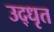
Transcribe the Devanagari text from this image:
उद्‍धृत